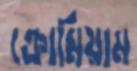
ক্রোমিয়াম